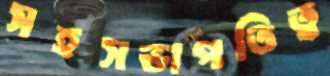
সহসভাপতিত্ব